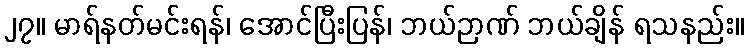
၂၇။ မာရ်နတ်မင်းရန်၊ အောင်ပြီးပြန်၊ ဘယ်ဉာဏ် ဘယ်ချိန် ရသနည်း။